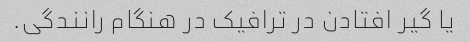
یا گیر افتادن در ترافیک در هنگام رانندگی.